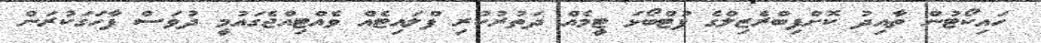
ހައިކޯޓުން ތާއިދު ކޮށްފިބްރެޒިލްގެ ފުޓްބޯޅަ ޓީމެއް ދަތުރުކުރި ފްލައިޓެއް ވެއްޓިއްޖެގައުމީ ދުވަސް ފާހަގަކުރަން